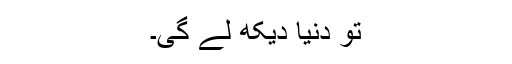
تو دنیا دیکھ لے گی۔